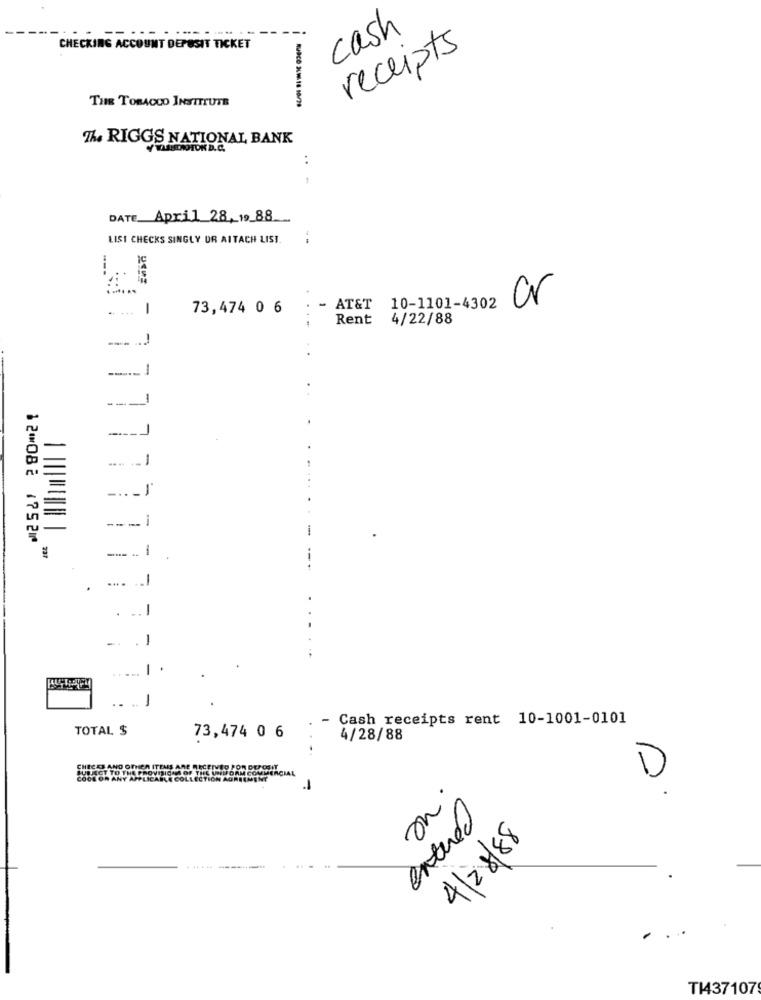
cash
CHECKING ACCOUNT DEPOSIT TICKET
receipts
THE TOBACCO INSTITUTE
The RIGGS NATIONAL BANK
..
DATE April 28,19 88
LISI CHECKS SINGLY UR AITACH LIST.
cr
1
73,474 0 6
- AT&T 10-1101-4302
....
Rent
4/22/88
-.. J
---
.1
-..
--- i
12⑉082 1752⑈
--
1
....
-
-
-
- Cash receipts rent 10-1001-0101
TOTAL $
73,474 0 6
4/28/88
JECT TO THE PROVISIONS OF THE UNIOF
ECKE AND OTHER ITEMS ARE RECEIVED
DE OR ANY APPLICABLE COLLECTION AGR
D
on
entered
4/28/88
T1437107